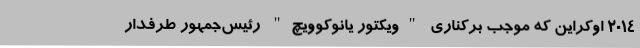
2014 اوکراین که موجب برکناری "ویکتور یانوکوویچ" رئیس‌جمهور طرفدار